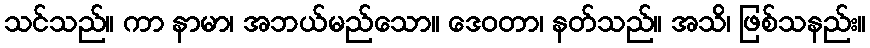
သင်သည်။ ကာ နာမာ၊ အဘယ်မည်သော။ ဒေဝတာ၊ နတ်သည်။ အသိ၊ ဖြစ်သနည်း။